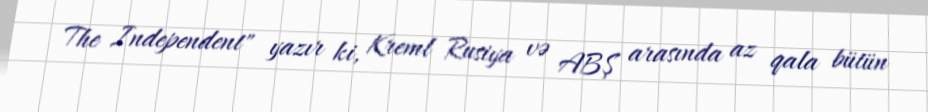
The Independent" yazır ki, Kreml Rusiya və ABŞ arasında az qala bütün